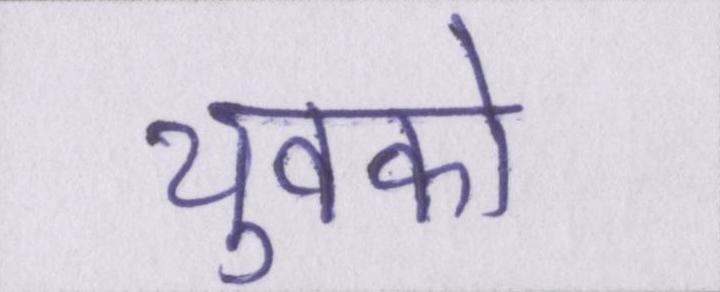
युवको